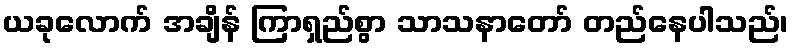
ယခုလောက် အချိန် ကြာရှည်စွာ သာသနာတော် တည်နေပါသည်၊